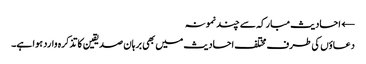
← احادیث مبارکہ سے چند نمونہ
دعاؤں کی طرف مختلف احادیث میں بھی برہان صدیقین کا تذکرہ وارد ہوا ہے۔